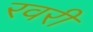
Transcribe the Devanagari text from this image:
रवरी